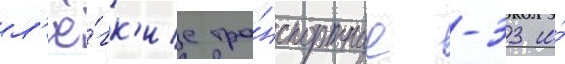
л'ё́гк'ие тра́нспортные -33 и́